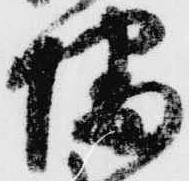
幡